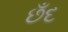
છઁદ